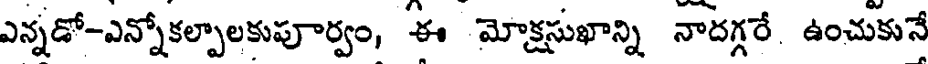
ఎన్నడో-ఎన్నోకల్పాలకుపూర్వం, ఈ మోక్షసుఖాన్ని నాదగ్గరే ఉంచుకునే